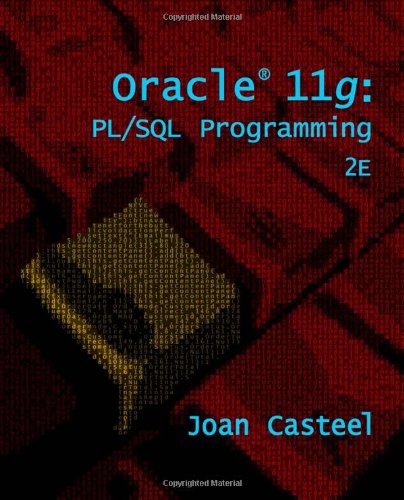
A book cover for Oracle 11g: PL/SQL Programming; Joan Casteel; Computers & Technology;